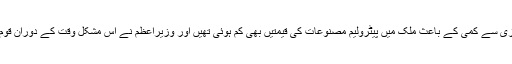
خیال رہے کہ بین الاقوامی منڈی میں تیل کی قیمتوں میں تیزی سے کمی کے باعث ملک میں پیٹرولیم مصنوعات کی قیمتیں بھی کم ہوئی تھیں اور وزیراعظم نے اس مشکل وقت کے دوران قوم کو ریلیف دینے کے لیے قیمتوں میں کمی کا اعلان کیا تھا۔